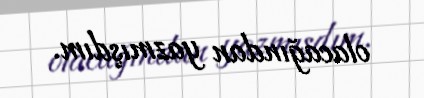
olacağından yazmışdım.